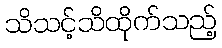
သိသင့်သိထိုက်သည့်